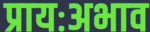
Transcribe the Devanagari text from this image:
प्रायःअभाव